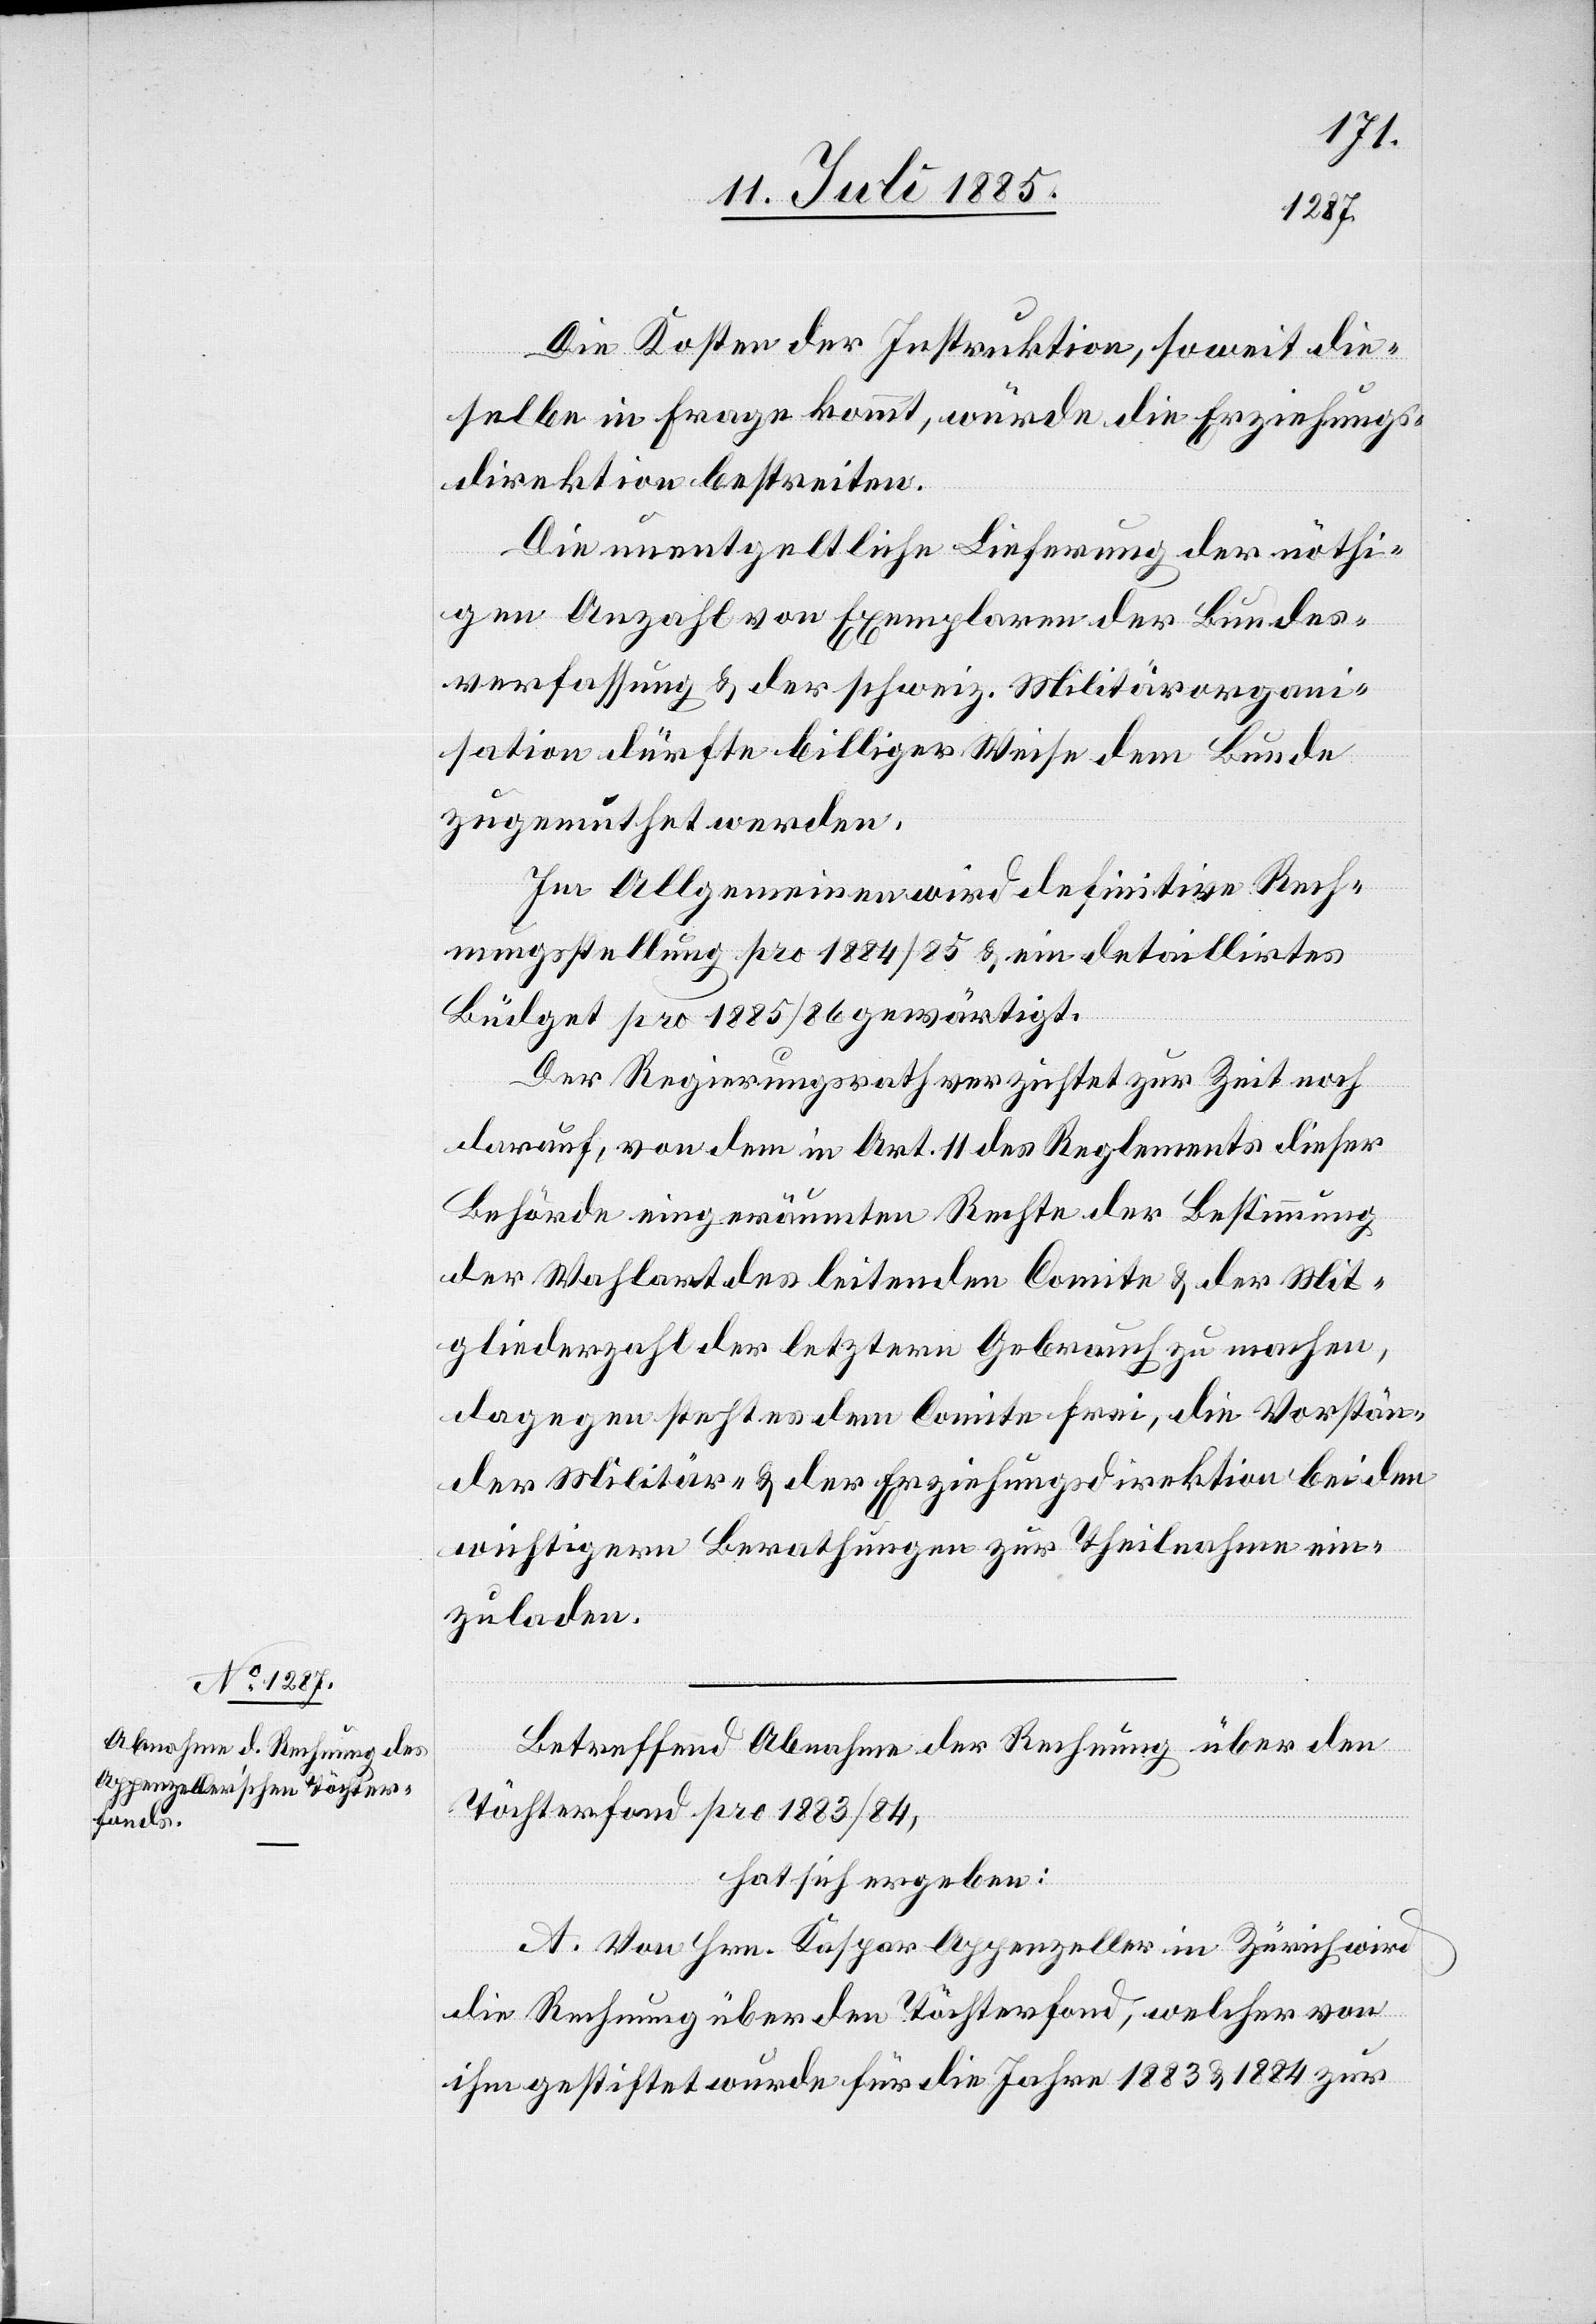
Die Kosten der Instruktion, soweit die¬
selbe in Frage kommt, würde die Erziehungs¬
direktion bestreiten.
Die unentgeltliche Lieferung der nöthi¬
gen Anzahl von Exemplaren der Bundes¬
verfassung & der schweiz. Militärorgan¬
isation dürfte billiger Weise dem Bunde
zugemuthet werden.
Im Allgemeinen wird definitive Rech¬
nungsstellung pro 1884/85 & ein detaillirtes
Büdget pro 1885/86 gewärtigt.
Der Regierungsrath verzichtet zur Zeit noch
darauf, von dem in Art. 11 des Reglements dieser
Behörde eingeräumten Rechte der Bestimmung
der Wahlart des leitenden Comite & der Mit¬
gliederzahl der letztern Gebrauch zu machen,
dagegen steht es dem Comite frei, die Vorständ[e]
der Militär- & der Erziehungsdirektion bei den
wichtigern Berathungen zur Theilnahme ein¬
zuladen.